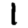
Digit: 1